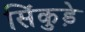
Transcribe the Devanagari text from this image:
सिंकुड़े